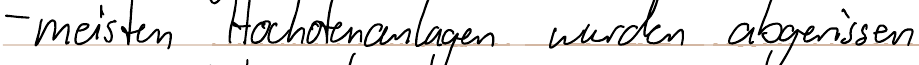
- meisten Hochofenanlagen wurden abgerissen